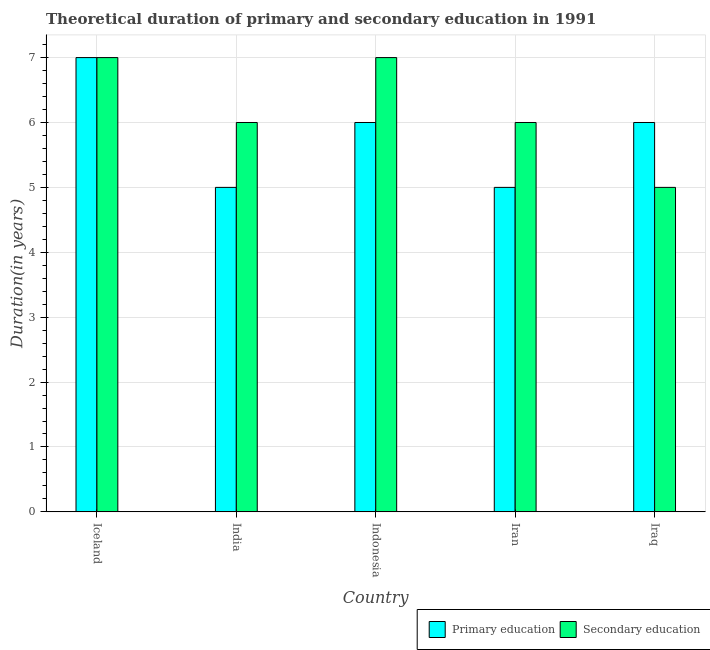
| Country | Primary education | Secondary education |
 | --- | --- | --- |
 | Iceland | 7 | 7 |
 | India | 5 | 6 |
 | Indonesia | 6 | 7 |
 | Iran | 5 | 6 |
 | Iraq | 6 | 5 |